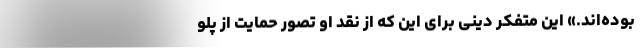
بوده‌اند.» این متفکر دینی برای این که از نقد او تصور حمایت از پلو